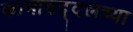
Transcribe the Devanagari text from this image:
कामाबद्दलच्या